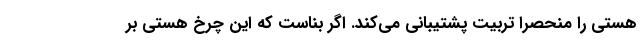
هستی را منحصرا تربیت پشتیبانی می‌کند. اگر بناست که این چرخ هستی بر